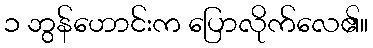
၁ ဘွန်ဟောင်းက ပြောလိုက်လေ၏။